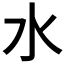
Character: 水